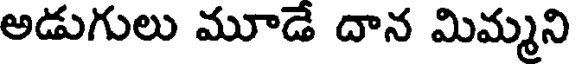
అడుగులు మూడే దాన మిమ్మని